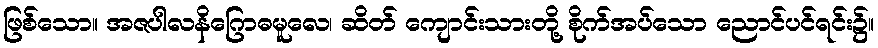
ဖြစ်သော။ အဇပါလနိဂြောဓမူလေ၊ ဆိတ် ကျောင်းသားတို့ စိုက်အပ်သော ညောင်ပင်ရင်း၌။